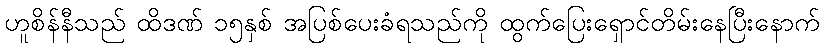
ဟူစိန်နီသည် ထိဒဏ် ၁၅နှစ် အပြစ်ပေးခံရသည်ကို ထွက်ပြေးရှောင်တိမ်းနေပြီးနောက်